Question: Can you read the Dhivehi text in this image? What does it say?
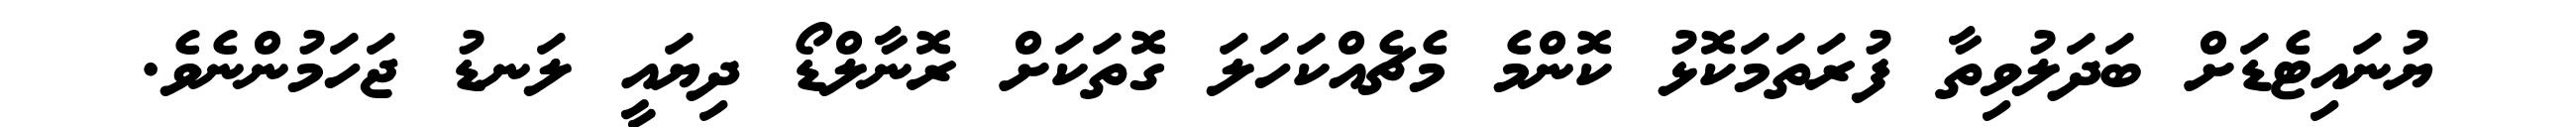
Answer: ޔުނައިޓެޑަށް ބަދަލުވިތާ ފުރަތަމަކޮޅު ކޮންމެ މެޗެއްކަހަލަ ގޮތަކަށް ރޮނާލްޑޯ ދިޔައީ ލަނޑު ޖަހަމުންނެވެ.